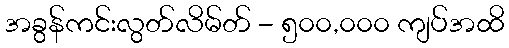
အခွန်ကင်းလွတ်လိမ်တ် - ၅၀၀,၀၀၀ ကျပ်အထိ